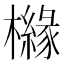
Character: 櫞